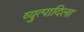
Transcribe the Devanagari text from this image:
व्युत्पादिला